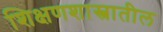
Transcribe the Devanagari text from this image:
शिक्षणशास्त्रातील